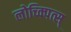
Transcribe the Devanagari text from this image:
लोच्क्पित्स्